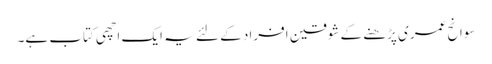
سوانح عمری پڑھنے کے شوقین افراد کے لئے یہ ایک اچھی کتاب ہے۔